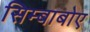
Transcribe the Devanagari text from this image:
सिम्बाबोए